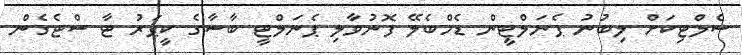
ސެލްޓިކަށް ލިބުނު ޕެނަލްޓީން ޑެމްބެލޭ ފޮނުވާލި ޕެނަލްޓީ ބާސާގެ ކީޕަރު ޓާ ސްޓެގެން